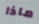
ماذا